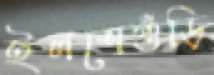
ইলশেগুঁড়ি